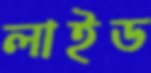
লাইড